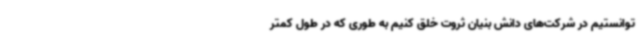
توانستیم در شرکت‌های دانش بنیان ثروت خلق کنیم به طوری که در طول کمتر